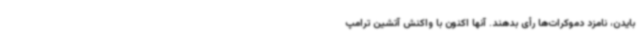
بایدن، نامزد دموکرات‌ها رأی بدهند. آنها اکنون با واکنش آتشین ترامپ